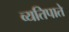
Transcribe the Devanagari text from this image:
व्यतिपाते